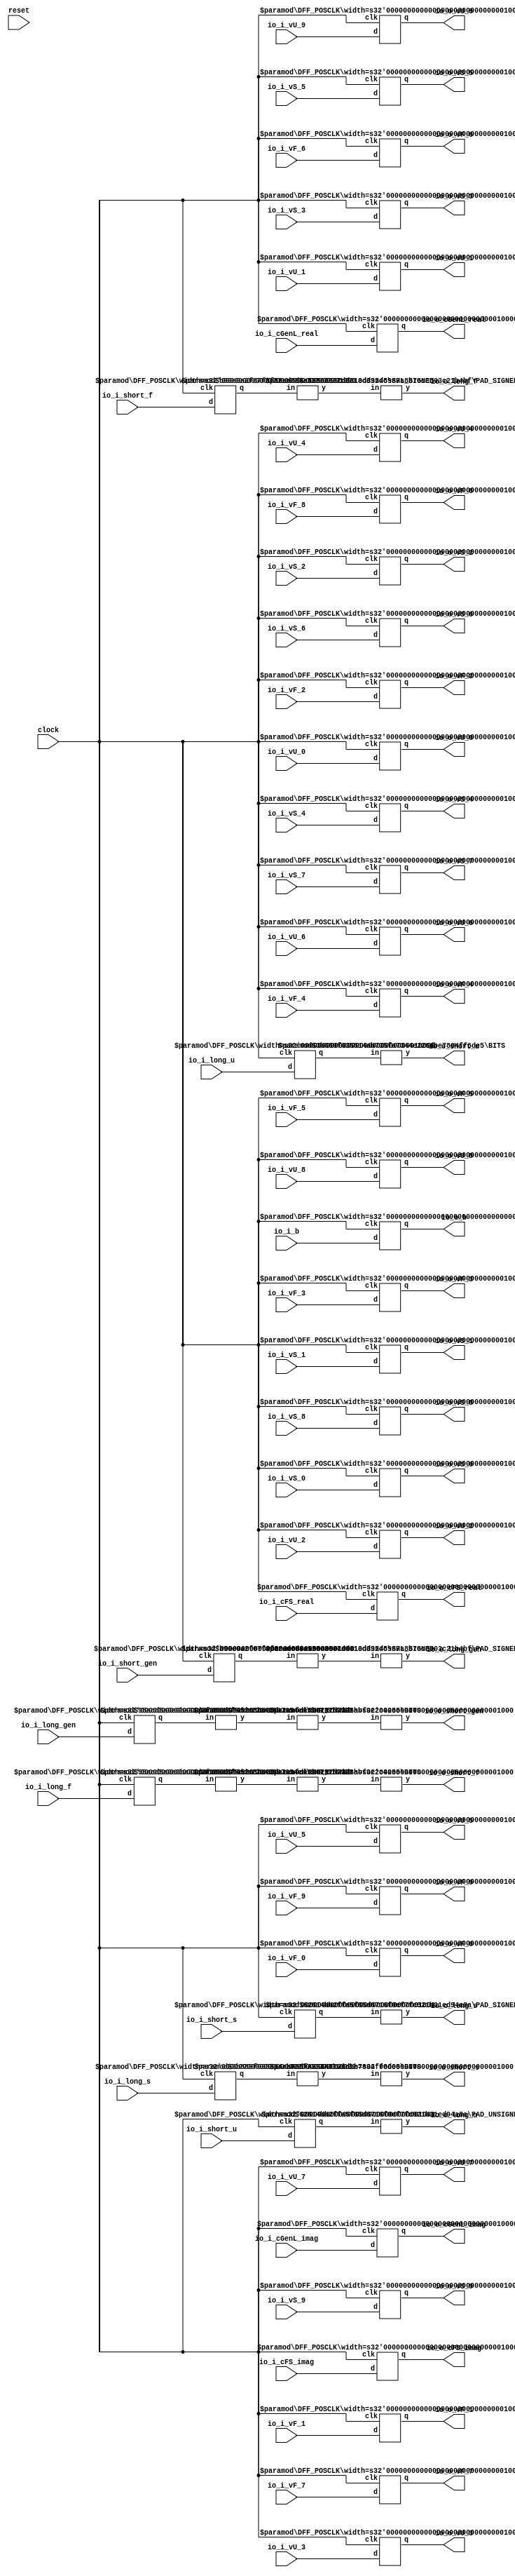
module SimpleIOModule(
    input clock,
    input reset,
    input io_i_b,
    input [15:0] io_i_cGenL_real,
    input [15:0] io_i_cGenL_imag,
    input [7:0] io_i_cFS_real,
    input [7:0] io_i_cFS_imag,
    input [7:0] io_i_short_gen,
    input [7:0] io_i_short_s,
    input [7:0] io_i_short_f,
    input [7:0] io_i_short_u,
    input [15:0] io_i_long_gen,
    input [15:0] io_i_long_s,
    input [15:0] io_i_long_f,
    input [15:0] io_i_long_u,
    input [7:0] io_i_vU_0,
    input [7:0] io_i_vU_1,
    input [7:0] io_i_vU_2,
    input [7:0] io_i_vU_3,
    input [7:0] io_i_vU_4,
    input [7:0] io_i_vU_5,
    input [7:0] io_i_vU_6,
    input [7:0] io_i_vU_7,
    input [7:0] io_i_vU_8,
    input [7:0] io_i_vU_9,
    input [7:0] io_i_vS_0,
    input [7:0] io_i_vS_1,
    input [7:0] io_i_vS_2,
    input [7:0] io_i_vS_3,
    input [7:0] io_i_vS_4,
    input [7:0] io_i_vS_5,
    input [7:0] io_i_vS_6,
    input [7:0] io_i_vS_7,
    input [7:0] io_i_vS_8,
    input [7:0] io_i_vS_9,
    input [7:0] io_i_vF_0,
    input [7:0] io_i_vF_1,
    input [7:0] io_i_vF_2,
    input [7:0] io_i_vF_3,
    input [7:0] io_i_vF_4,
    input [7:0] io_i_vF_5,
    input [7:0] io_i_vF_6,
    input [7:0] io_i_vF_7,
    input [7:0] io_i_vF_8,
    input [7:0] io_i_vF_9,
    output io_o_b,
    output [15:0] io_o_cGenL_real,
    output [15:0] io_o_cGenL_imag,
    output [7:0] io_o_cFS_real,
    output [7:0] io_o_cFS_imag,
    output [7:0] io_o_short_gen,
    output [7:0] io_o_short_s,
    output [7:0] io_o_short_f,
    output [7:0] io_o_short_u,
    output [15:0] io_o_long_gen,
    output [15:0] io_o_long_s,
    output [15:0] io_o_long_f,
    output [15:0] io_o_long_u,
    output [7:0] io_o_vU_0,
    output [7:0] io_o_vU_1,
    output [7:0] io_o_vU_2,
    output [7:0] io_o_vU_3,
    output [7:0] io_o_vU_4,
    output [7:0] io_o_vU_5,
    output [7:0] io_o_vU_6,
    output [7:0] io_o_vU_7,
    output [7:0] io_o_vU_8,
    output [7:0] io_o_vU_9,
    output [7:0] io_o_vS_0,
    output [7:0] io_o_vS_1,
    output [7:0] io_o_vS_2,
    output [7:0] io_o_vS_3,
    output [7:0] io_o_vS_4,
    output [7:0] io_o_vS_5,
    output [7:0] io_o_vS_6,
    output [7:0] io_o_vS_7,
    output [7:0] io_o_vS_8,
    output [7:0] io_o_vS_9,
    output [7:0] io_o_vF_0,
    output [7:0] io_o_vF_1,
    output [7:0] io_o_vF_2,
    output [7:0] io_o_vF_3,
    output [7:0] io_o_vF_4,
    output [7:0] io_o_vF_5,
    output [7:0] io_o_vF_6,
    output [7:0] io_o_vF_7,
    output [7:0] io_o_vF_8,
    output [7:0] io_o_vF_9
);
    wire [7:0] __T_49_gen__q;
    wire [7:0] __T_49_gen__d;
    DFF_POSCLK #(.width(8)) _T_49_gen (
        .q(__T_49_gen__q),
        .d(__T_49_gen__d),
        .clk(clock)
    );
    wire [7:0] __T_49_s__q;
    wire [7:0] __T_49_s__d;
    DFF_POSCLK #(.width(8)) _T_49_s (
        .q(__T_49_s__q),
        .d(__T_49_s__d),
        .clk(clock)
    );
    wire [7:0] __T_49_f__q;
    wire [7:0] __T_49_f__d;
    DFF_POSCLK #(.width(8)) _T_49_f (
        .q(__T_49_f__q),
        .d(__T_49_f__d),
        .clk(clock)
    );
    wire [7:0] __T_49_u__q;
    wire [7:0] __T_49_u__d;
    DFF_POSCLK #(.width(8)) _T_49_u (
        .q(__T_49_u__q),
        .d(__T_49_u__d),
        .clk(clock)
    );
    wire [11:0] _node_0;
    SHL_SIGNED #(.width(8), .n(4)) s_shl_1 (
        .y(_node_0),
        .in(__T_49_f__q)
    );
    wire [11:0] _node_1;
    SHL_SIGNED #(.width(8), .n(4)) s_shl_2 (
        .y(_node_1),
        .in(__T_49_gen__q)
    );
    wire [15:0] __T_51_gen__q;
    wire [15:0] __T_51_gen__d;
    DFF_POSCLK #(.width(16)) _T_51_gen (
        .q(__T_51_gen__q),
        .d(__T_51_gen__d),
        .clk(clock)
    );
    wire [15:0] __T_51_s__q;
    wire [15:0] __T_51_s__d;
    DFF_POSCLK #(.width(16)) _T_51_s (
        .q(__T_51_s__q),
        .d(__T_51_s__d),
        .clk(clock)
    );
    wire [15:0] __T_51_f__q;
    wire [15:0] __T_51_f__d;
    DFF_POSCLK #(.width(16)) _T_51_f (
        .q(__T_51_f__q),
        .d(__T_51_f__d),
        .clk(clock)
    );
    wire [15:0] __T_51_u__q;
    wire [15:0] __T_51_u__d;
    DFF_POSCLK #(.width(16)) _T_51_u (
        .q(__T_51_u__q),
        .d(__T_51_u__d),
        .clk(clock)
    );
    wire [11:0] _node_2;
    SHR_SIGNED #(.width(16), .n(4)) s_shr_3 (
        .y(_node_2),
        .in(__T_51_f__q)
    );
    wire [11:0] _node_3;
    SHR_SIGNED #(.width(16), .n(4)) s_shr_4 (
        .y(_node_3),
        .in(__T_51_gen__q)
    );
    wire __T_53__q;
    wire __T_53__d;
    DFF_POSCLK #(.width(1)) _T_53 (
        .q(__T_53__q),
        .d(__T_53__d),
        .clk(clock)
    );
    wire [15:0] __T_59_real__q;
    wire [15:0] __T_59_real__d;
    DFF_POSCLK #(.width(16)) _T_59_real (
        .q(__T_59_real__q),
        .d(__T_59_real__d),
        .clk(clock)
    );
    wire [15:0] __T_59_imag__q;
    wire [15:0] __T_59_imag__d;
    DFF_POSCLK #(.width(16)) _T_59_imag (
        .q(__T_59_imag__q),
        .d(__T_59_imag__d),
        .clk(clock)
    );
    wire [7:0] __T_65_real__q;
    wire [7:0] __T_65_real__d;
    DFF_POSCLK #(.width(8)) _T_65_real (
        .q(__T_65_real__q),
        .d(__T_65_real__d),
        .clk(clock)
    );
    wire [7:0] __T_65_imag__q;
    wire [7:0] __T_65_imag__d;
    DFF_POSCLK #(.width(8)) _T_65_imag (
        .q(__T_65_imag__q),
        .d(__T_65_imag__d),
        .clk(clock)
    );
    wire [7:0] __T_79_0__q;
    wire [7:0] __T_79_0__d;
    DFF_POSCLK #(.width(8)) _T_79_0 (
        .q(__T_79_0__q),
        .d(__T_79_0__d),
        .clk(clock)
    );
    wire [7:0] __T_79_1__q;
    wire [7:0] __T_79_1__d;
    DFF_POSCLK #(.width(8)) _T_79_1 (
        .q(__T_79_1__q),
        .d(__T_79_1__d),
        .clk(clock)
    );
    wire [7:0] __T_79_2__q;
    wire [7:0] __T_79_2__d;
    DFF_POSCLK #(.width(8)) _T_79_2 (
        .q(__T_79_2__q),
        .d(__T_79_2__d),
        .clk(clock)
    );
    wire [7:0] __T_79_3__q;
    wire [7:0] __T_79_3__d;
    DFF_POSCLK #(.width(8)) _T_79_3 (
        .q(__T_79_3__q),
        .d(__T_79_3__d),
        .clk(clock)
    );
    wire [7:0] __T_79_4__q;
    wire [7:0] __T_79_4__d;
    DFF_POSCLK #(.width(8)) _T_79_4 (
        .q(__T_79_4__q),
        .d(__T_79_4__d),
        .clk(clock)
    );
    wire [7:0] __T_79_5__q;
    wire [7:0] __T_79_5__d;
    DFF_POSCLK #(.width(8)) _T_79_5 (
        .q(__T_79_5__q),
        .d(__T_79_5__d),
        .clk(clock)
    );
    wire [7:0] __T_79_6__q;
    wire [7:0] __T_79_6__d;
    DFF_POSCLK #(.width(8)) _T_79_6 (
        .q(__T_79_6__q),
        .d(__T_79_6__d),
        .clk(clock)
    );
    wire [7:0] __T_79_7__q;
    wire [7:0] __T_79_7__d;
    DFF_POSCLK #(.width(8)) _T_79_7 (
        .q(__T_79_7__q),
        .d(__T_79_7__d),
        .clk(clock)
    );
    wire [7:0] __T_79_8__q;
    wire [7:0] __T_79_8__d;
    DFF_POSCLK #(.width(8)) _T_79_8 (
        .q(__T_79_8__q),
        .d(__T_79_8__d),
        .clk(clock)
    );
    wire [7:0] __T_79_9__q;
    wire [7:0] __T_79_9__d;
    DFF_POSCLK #(.width(8)) _T_79_9 (
        .q(__T_79_9__q),
        .d(__T_79_9__d),
        .clk(clock)
    );
    wire [7:0] __T_116_0__q;
    wire [7:0] __T_116_0__d;
    DFF_POSCLK #(.width(8)) _T_116_0 (
        .q(__T_116_0__q),
        .d(__T_116_0__d),
        .clk(clock)
    );
    wire [7:0] __T_116_1__q;
    wire [7:0] __T_116_1__d;
    DFF_POSCLK #(.width(8)) _T_116_1 (
        .q(__T_116_1__q),
        .d(__T_116_1__d),
        .clk(clock)
    );
    wire [7:0] __T_116_2__q;
    wire [7:0] __T_116_2__d;
    DFF_POSCLK #(.width(8)) _T_116_2 (
        .q(__T_116_2__q),
        .d(__T_116_2__d),
        .clk(clock)
    );
    wire [7:0] __T_116_3__q;
    wire [7:0] __T_116_3__d;
    DFF_POSCLK #(.width(8)) _T_116_3 (
        .q(__T_116_3__q),
        .d(__T_116_3__d),
        .clk(clock)
    );
    wire [7:0] __T_116_4__q;
    wire [7:0] __T_116_4__d;
    DFF_POSCLK #(.width(8)) _T_116_4 (
        .q(__T_116_4__q),
        .d(__T_116_4__d),
        .clk(clock)
    );
    wire [7:0] __T_116_5__q;
    wire [7:0] __T_116_5__d;
    DFF_POSCLK #(.width(8)) _T_116_5 (
        .q(__T_116_5__q),
        .d(__T_116_5__d),
        .clk(clock)
    );
    wire [7:0] __T_116_6__q;
    wire [7:0] __T_116_6__d;
    DFF_POSCLK #(.width(8)) _T_116_6 (
        .q(__T_116_6__q),
        .d(__T_116_6__d),
        .clk(clock)
    );
    wire [7:0] __T_116_7__q;
    wire [7:0] __T_116_7__d;
    DFF_POSCLK #(.width(8)) _T_116_7 (
        .q(__T_116_7__q),
        .d(__T_116_7__d),
        .clk(clock)
    );
    wire [7:0] __T_116_8__q;
    wire [7:0] __T_116_8__d;
    DFF_POSCLK #(.width(8)) _T_116_8 (
        .q(__T_116_8__q),
        .d(__T_116_8__d),
        .clk(clock)
    );
    wire [7:0] __T_116_9__q;
    wire [7:0] __T_116_9__d;
    DFF_POSCLK #(.width(8)) _T_116_9 (
        .q(__T_116_9__q),
        .d(__T_116_9__d),
        .clk(clock)
    );
    wire [7:0] __T_153_0__q;
    wire [7:0] __T_153_0__d;
    DFF_POSCLK #(.width(8)) _T_153_0 (
        .q(__T_153_0__q),
        .d(__T_153_0__d),
        .clk(clock)
    );
    wire [7:0] __T_153_1__q;
    wire [7:0] __T_153_1__d;
    DFF_POSCLK #(.width(8)) _T_153_1 (
        .q(__T_153_1__q),
        .d(__T_153_1__d),
        .clk(clock)
    );
    wire [7:0] __T_153_2__q;
    wire [7:0] __T_153_2__d;
    DFF_POSCLK #(.width(8)) _T_153_2 (
        .q(__T_153_2__q),
        .d(__T_153_2__d),
        .clk(clock)
    );
    wire [7:0] __T_153_3__q;
    wire [7:0] __T_153_3__d;
    DFF_POSCLK #(.width(8)) _T_153_3 (
        .q(__T_153_3__q),
        .d(__T_153_3__d),
        .clk(clock)
    );
    wire [7:0] __T_153_4__q;
    wire [7:0] __T_153_4__d;
    DFF_POSCLK #(.width(8)) _T_153_4 (
        .q(__T_153_4__q),
        .d(__T_153_4__d),
        .clk(clock)
    );
    wire [7:0] __T_153_5__q;
    wire [7:0] __T_153_5__d;
    DFF_POSCLK #(.width(8)) _T_153_5 (
        .q(__T_153_5__q),
        .d(__T_153_5__d),
        .clk(clock)
    );
    wire [7:0] __T_153_6__q;
    wire [7:0] __T_153_6__d;
    DFF_POSCLK #(.width(8)) _T_153_6 (
        .q(__T_153_6__q),
        .d(__T_153_6__d),
        .clk(clock)
    );
    wire [7:0] __T_153_7__q;
    wire [7:0] __T_153_7__d;
    DFF_POSCLK #(.width(8)) _T_153_7 (
        .q(__T_153_7__q),
        .d(__T_153_7__d),
        .clk(clock)
    );
    wire [7:0] __T_153_8__q;
    wire [7:0] __T_153_8__d;
    DFF_POSCLK #(.width(8)) _T_153_8 (
        .q(__T_153_8__q),
        .d(__T_153_8__d),
        .clk(clock)
    );
    wire [7:0] __T_153_9__q;
    wire [7:0] __T_153_9__d;
    DFF_POSCLK #(.width(8)) _T_153_9 (
        .q(__T_153_9__q),
        .d(__T_153_9__d),
        .clk(clock)
    );
    assign __T_116_0__d = io_i_vS_0;
    assign __T_116_1__d = io_i_vS_1;
    assign __T_116_2__d = io_i_vS_2;
    assign __T_116_3__d = io_i_vS_3;
    assign __T_116_4__d = io_i_vS_4;
    assign __T_116_5__d = io_i_vS_5;
    assign __T_116_6__d = io_i_vS_6;
    assign __T_116_7__d = io_i_vS_7;
    assign __T_116_8__d = io_i_vS_8;
    assign __T_116_9__d = io_i_vS_9;
    assign __T_153_0__d = io_i_vF_0;
    assign __T_153_1__d = io_i_vF_1;
    assign __T_153_2__d = io_i_vF_2;
    assign __T_153_3__d = io_i_vF_3;
    assign __T_153_4__d = io_i_vF_4;
    assign __T_153_5__d = io_i_vF_5;
    assign __T_153_6__d = io_i_vF_6;
    assign __T_153_7__d = io_i_vF_7;
    assign __T_153_8__d = io_i_vF_8;
    assign __T_153_9__d = io_i_vF_9;
    assign __T_49_f__d = io_i_short_f;
    assign __T_49_gen__d = io_i_short_gen;
    assign __T_49_s__d = io_i_short_s;
    assign __T_49_u__d = io_i_short_u;
    assign __T_51_f__d = io_i_long_f;
    assign __T_51_gen__d = io_i_long_gen;
    assign __T_51_s__d = io_i_long_s;
    assign __T_51_u__d = io_i_long_u;
    assign __T_53__d = io_i_b;
    assign __T_59_imag__d = io_i_cGenL_imag;
    assign __T_59_real__d = io_i_cGenL_real;
    assign __T_65_imag__d = io_i_cFS_imag;
    assign __T_65_real__d = io_i_cFS_real;
    assign __T_79_0__d = io_i_vU_0;
    assign __T_79_1__d = io_i_vU_1;
    assign __T_79_2__d = io_i_vU_2;
    assign __T_79_3__d = io_i_vU_3;
    assign __T_79_4__d = io_i_vU_4;
    assign __T_79_5__d = io_i_vU_5;
    assign __T_79_6__d = io_i_vU_6;
    assign __T_79_7__d = io_i_vU_7;
    assign __T_79_8__d = io_i_vU_8;
    assign __T_79_9__d = io_i_vU_9;
    assign io_o_b = __T_53__q;
    assign io_o_cFS_imag = __T_65_imag__q;
    assign io_o_cFS_real = __T_65_real__q;
    assign io_o_cGenL_imag = __T_59_imag__q;
    assign io_o_cGenL_real = __T_59_real__q;
    PAD_SIGNED #(.width(12), .n(16)) s_pad_5 (
        .y(io_o_long_f),
        .in(_node_0)
    );
    PAD_SIGNED #(.width(12), .n(16)) s_pad_6 (
        .y(io_o_long_gen),
        .in(_node_1)
    );
    PAD_SIGNED #(.width(8), .n(16)) s_pad_7 (
        .y(io_o_long_s),
        .in(__T_49_s__q)
    );
    PAD_UNSIGNED #(.width(8), .n(16)) u_pad_8 (
        .y(io_o_long_u),
        .in(__T_49_u__q)
    );
    wire [7:0] _WTEMP_0;
    BITS #(.width(12), .high(7), .low(0)) bits_9 (
        .y(_WTEMP_0),
        .in(_node_2)
    );
    ASSINT #(.width(8)) assint_10 (
        .y(io_o_short_f),
        .in(_WTEMP_0)
    );
    wire [7:0] _WTEMP_1;
    BITS #(.width(12), .high(7), .low(0)) bits_11 (
        .y(_WTEMP_1),
        .in(_node_3)
    );
    ASSINT #(.width(8)) assint_12 (
        .y(io_o_short_gen),
        .in(_WTEMP_1)
    );
    wire [7:0] _WTEMP_2;
    BITS #(.width(16), .high(7), .low(0)) bits_13 (
        .y(_WTEMP_2),
        .in(__T_51_s__q)
    );
    ASSINT #(.width(8)) assint_14 (
        .y(io_o_short_s),
        .in(_WTEMP_2)
    );
    BITS #(.width(16), .high(7), .low(0)) bits_15 (
        .y(io_o_short_u),
        .in(__T_51_u__q)
    );
    assign io_o_vF_0 = __T_153_0__q;
    assign io_o_vF_1 = __T_153_1__q;
    assign io_o_vF_2 = __T_153_2__q;
    assign io_o_vF_3 = __T_153_3__q;
    assign io_o_vF_4 = __T_153_4__q;
    assign io_o_vF_5 = __T_153_5__q;
    assign io_o_vF_6 = __T_153_6__q;
    assign io_o_vF_7 = __T_153_7__q;
    assign io_o_vF_8 = __T_153_8__q;
    assign io_o_vF_9 = __T_153_9__q;
    assign io_o_vS_0 = __T_116_0__q;
    assign io_o_vS_1 = __T_116_1__q;
    assign io_o_vS_2 = __T_116_2__q;
    assign io_o_vS_3 = __T_116_3__q;
    assign io_o_vS_4 = __T_116_4__q;
    assign io_o_vS_5 = __T_116_5__q;
    assign io_o_vS_6 = __T_116_6__q;
    assign io_o_vS_7 = __T_116_7__q;
    assign io_o_vS_8 = __T_116_8__q;
    assign io_o_vS_9 = __T_116_9__q;
    assign io_o_vU_0 = __T_79_0__q;
    assign io_o_vU_1 = __T_79_1__q;
    assign io_o_vU_2 = __T_79_2__q;
    assign io_o_vU_3 = __T_79_3__q;
    assign io_o_vU_4 = __T_79_4__q;
    assign io_o_vU_5 = __T_79_5__q;
    assign io_o_vU_6 = __T_79_6__q;
    assign io_o_vU_7 = __T_79_7__q;
    assign io_o_vU_8 = __T_79_8__q;
    assign io_o_vU_9 = __T_79_9__q;
endmodule //SimpleIOModule
module DFF_POSCLK(q, d, clk);
    parameter width = 4;
    output reg [width-1:0] q;
    input [width-1:0] d;
    input clk;
    always @(posedge clk) begin
        q <= d;
    end
endmodule // DFF_POSCLK
module SHL_SIGNED(y, in);
    parameter width = 4;
    parameter n = 4;
    output [width+n-1:0] y;
    input [width-1:0] in;
    wire [width+n-1:0] temp;
    assign temp = {{n{in[width-1]}}, in};
    assign y = $signed(temp) << n;
endmodule // SHL_SIGNED
module SHR_SIGNED(y, in);
    parameter width = 4;
    parameter n = 2;
    output [(n < width ? (width-n-1) : 0):0] y;
    input [width-1:0] in;
    assign y = n < width ? in[width-1:n] : in[width-1:width-1];
endmodule // SHR_SIGNED
module PAD_SIGNED(y, in);
    parameter width = 4;
    parameter n = 4;
    output [(n > width ? n : width)-1:0] y;
    input [width-1:0] in;
    assign y = n > width ? {{(n - width){in[width-1]}}, in} : in;
endmodule // PAD_SIGNED
module PAD_UNSIGNED(y, in);
    parameter width = 4;
    parameter n = 4;
    output [(n > width ? n : width)-1:0] y;
    input [width-1:0] in;
    assign y = (n > width) ? {{(n - width){1'b0}}, in} : in;
endmodule // PAD_UNSIGNED
module BITS(y, in);
    parameter width = 4;
    parameter high = 2;
    parameter low = 0;
    output [high-low:0] y;
    input [width-1:0] in;
    assign y = in[high:low];
endmodule // BITS
module ASSINT(y, in);
    parameter width = 4;
    output [width-1:0] y;
    input [width-1:0] in;
    assign y = $signed(in);
endmodule // ASSINT